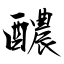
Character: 醲